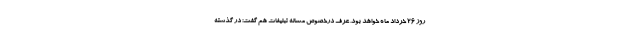
روز ۲۶ خرداد ماه خواهد بود. عرف درخصوص مساله تبلیغات هم گفت: در گذشته